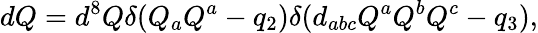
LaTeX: dQ=d^{8}Q\delta({Q_{a}Q^{a}-q_{2}})\delta({d_{abc}Q^{a}Q^{b}Q^{c}-q_{3}}),